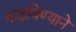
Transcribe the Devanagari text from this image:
कढविण्याने